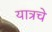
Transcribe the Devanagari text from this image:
यात्रचे